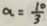
a = \frac { 1 0 } { 3 }